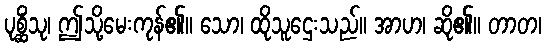
ပုစ္ဆိံသု၊ ဤသို့မေးကုန်၏။ သော၊ ထိုသူဌေးသည်။ အာဟ၊ ဆို၏။ တာတ၊